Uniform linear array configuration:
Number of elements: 64
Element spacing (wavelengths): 0.75
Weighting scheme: exponential
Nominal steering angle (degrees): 0
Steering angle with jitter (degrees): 0.006211
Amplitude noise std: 0.05
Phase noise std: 0.05

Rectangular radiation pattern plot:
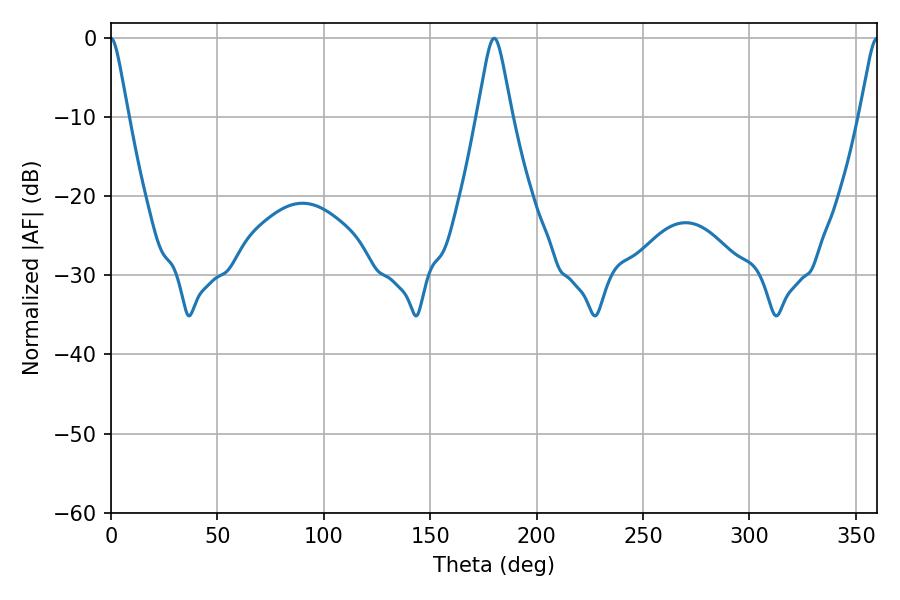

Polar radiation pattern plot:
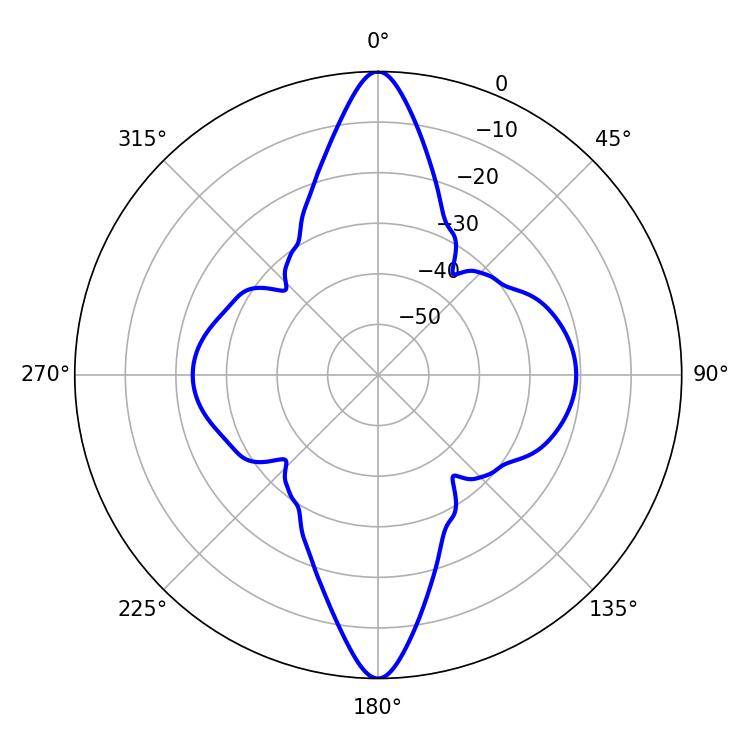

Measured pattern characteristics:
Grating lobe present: TRUE
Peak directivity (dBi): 32.055
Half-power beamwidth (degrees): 3.96
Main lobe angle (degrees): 360